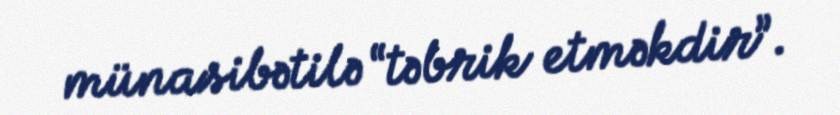
münasibətilə “təbrik etməkdir”.